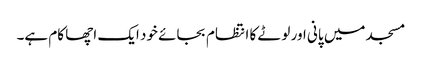
مسجد میں پانی اور لوٹے کا انتظام بجائے خود ایک اچھا کام ہے۔